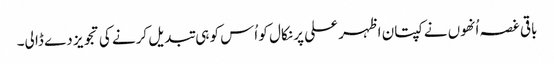
باقی غصہ اُنھوں نے کپتان اظہر علی پر نکال کو اُس کو ہی تبدیل کرنے کی تجویز دے ڈا لی۔